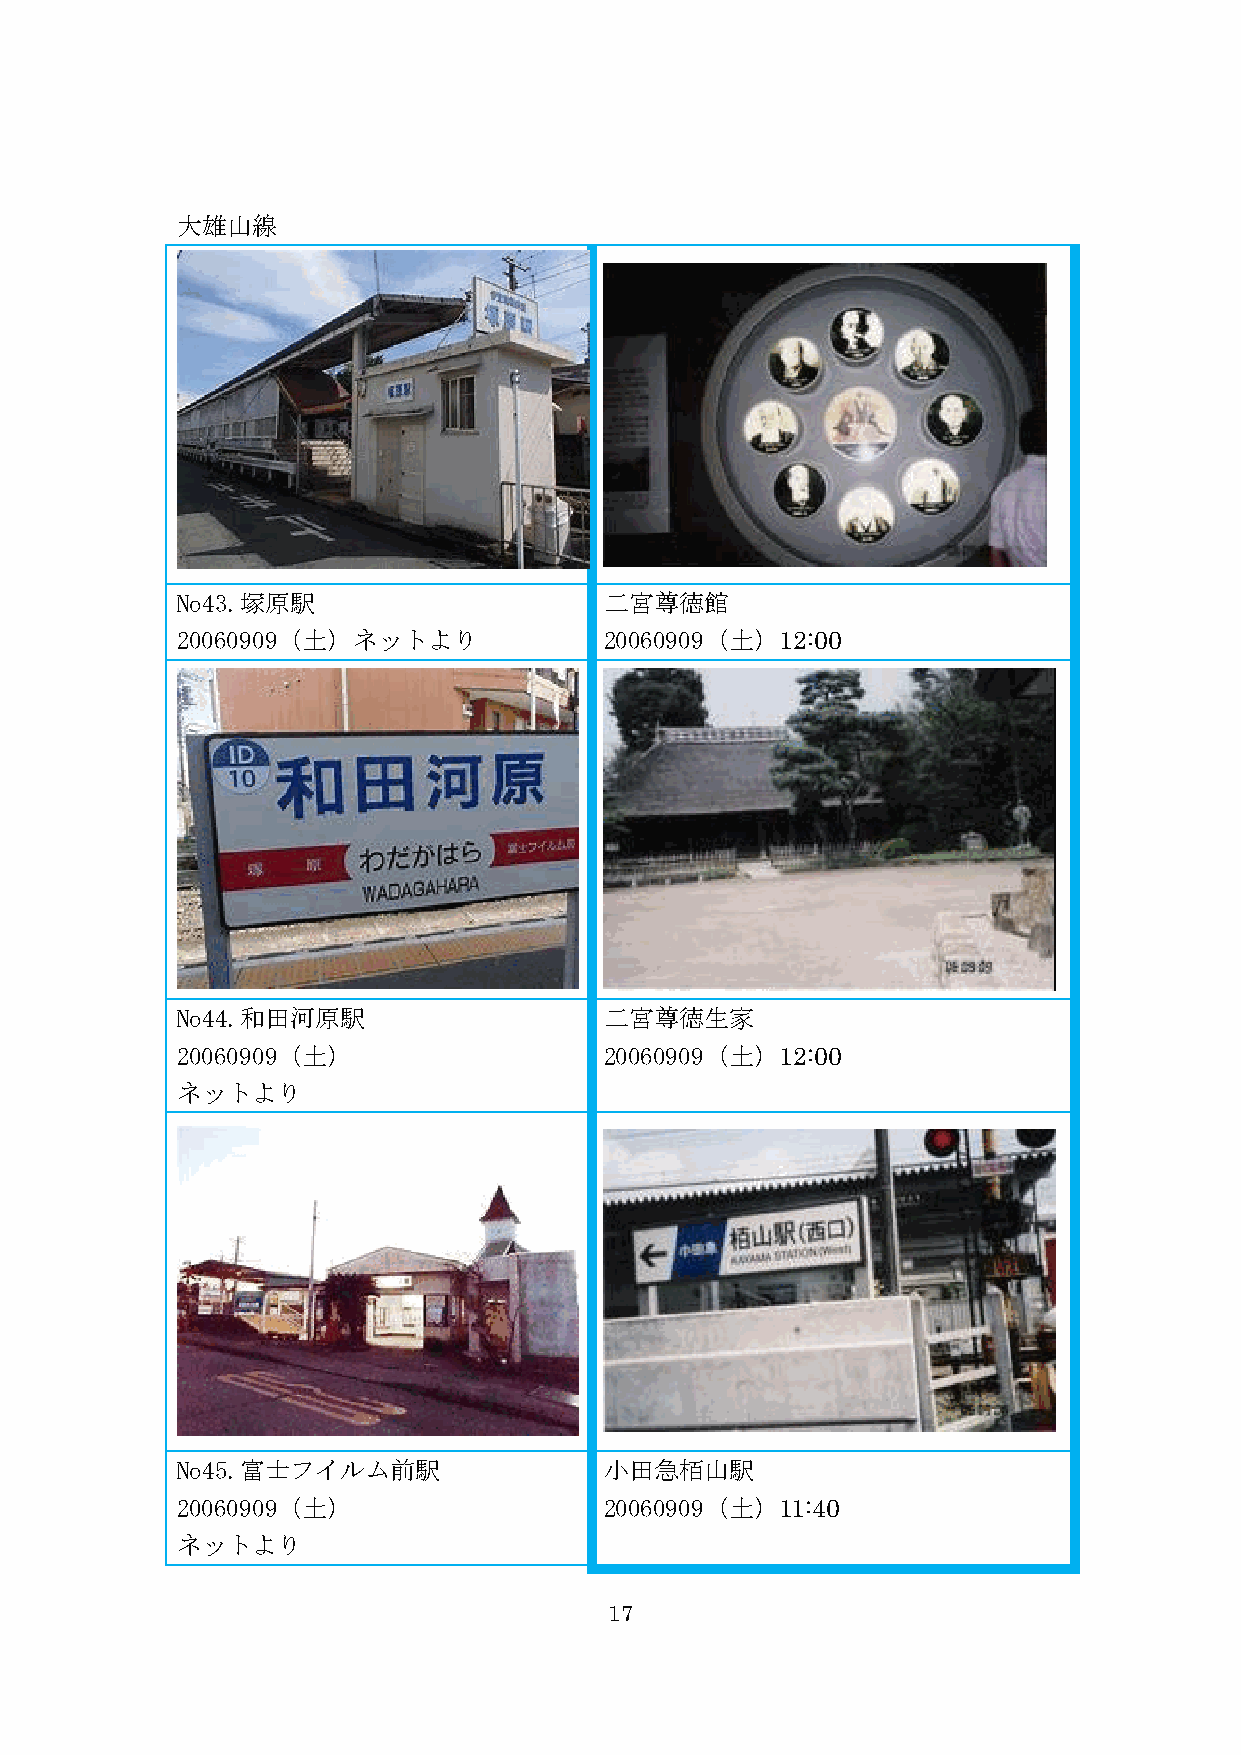
大雄山線
 No43.塚原駅                    二宮尊徳館
 20060909（土）ネットより            20060909（土）12:00
 No44.和田河原駅                  二宮尊徳生家
 20060909（土）                 20060909（土）12:00
 ネットより
 No45.富士フイルム前駅               小田急栢山駅
 20060909（土）                 20060909（土）11:40
 ネットより
 17